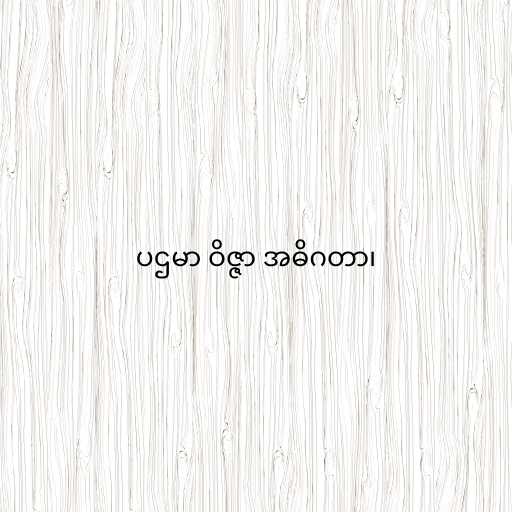
ပဌမာ ဝိဇ္ဇာ အဓိဂတာ၊